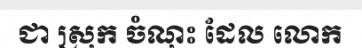
ជា ស្រុក ចំណុះ ដែល លោក